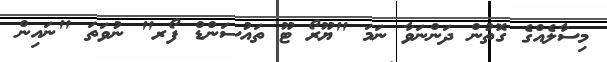
މިސާލެއްގެ ގޮތުން ދަންނަވާ ނަމަ "ޔޫރޯ ޓޫ ތައުސަންޑް ފޯރ" ނުވަތަ "ނައިން